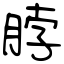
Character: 脖